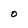
Character: O